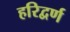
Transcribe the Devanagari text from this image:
हरिद्वर्ण